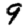
Digit: 9